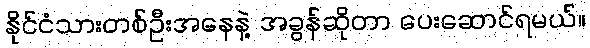
နိုင်ငံသားတစ်ဦးအနေနဲ့ အခွန်ဆိုတာ ပေးဆောင်ရမယ်။